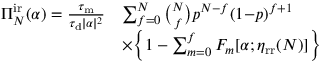
\begin{array} { r l } { \Pi _ { N } ^ { \mathrm { i r } } ( \alpha ) = \frac { \tau _ { \mathrm { m } } } { \tau _ { \mathrm { d } } | \alpha | ^ { 2 } } } & { \sum _ { f = 0 } ^ { N } \binom { N } { f } p ^ { N - f } ( 1 { - } p ) ^ { f + 1 } } \\ & { \times \Big \{ 1 - \sum _ { m = 0 } ^ { f } F _ { m } [ \alpha ; \eta _ { \mathrm { r r } } ( N ) ] \Big \} } \end{array}